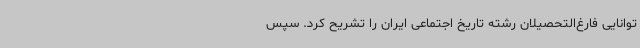
توانایی فارغ‌التحصیلان رشته تاریخ اجتماعی ایران را تشریح کرد. سپس